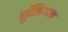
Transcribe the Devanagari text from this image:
तुसिअता